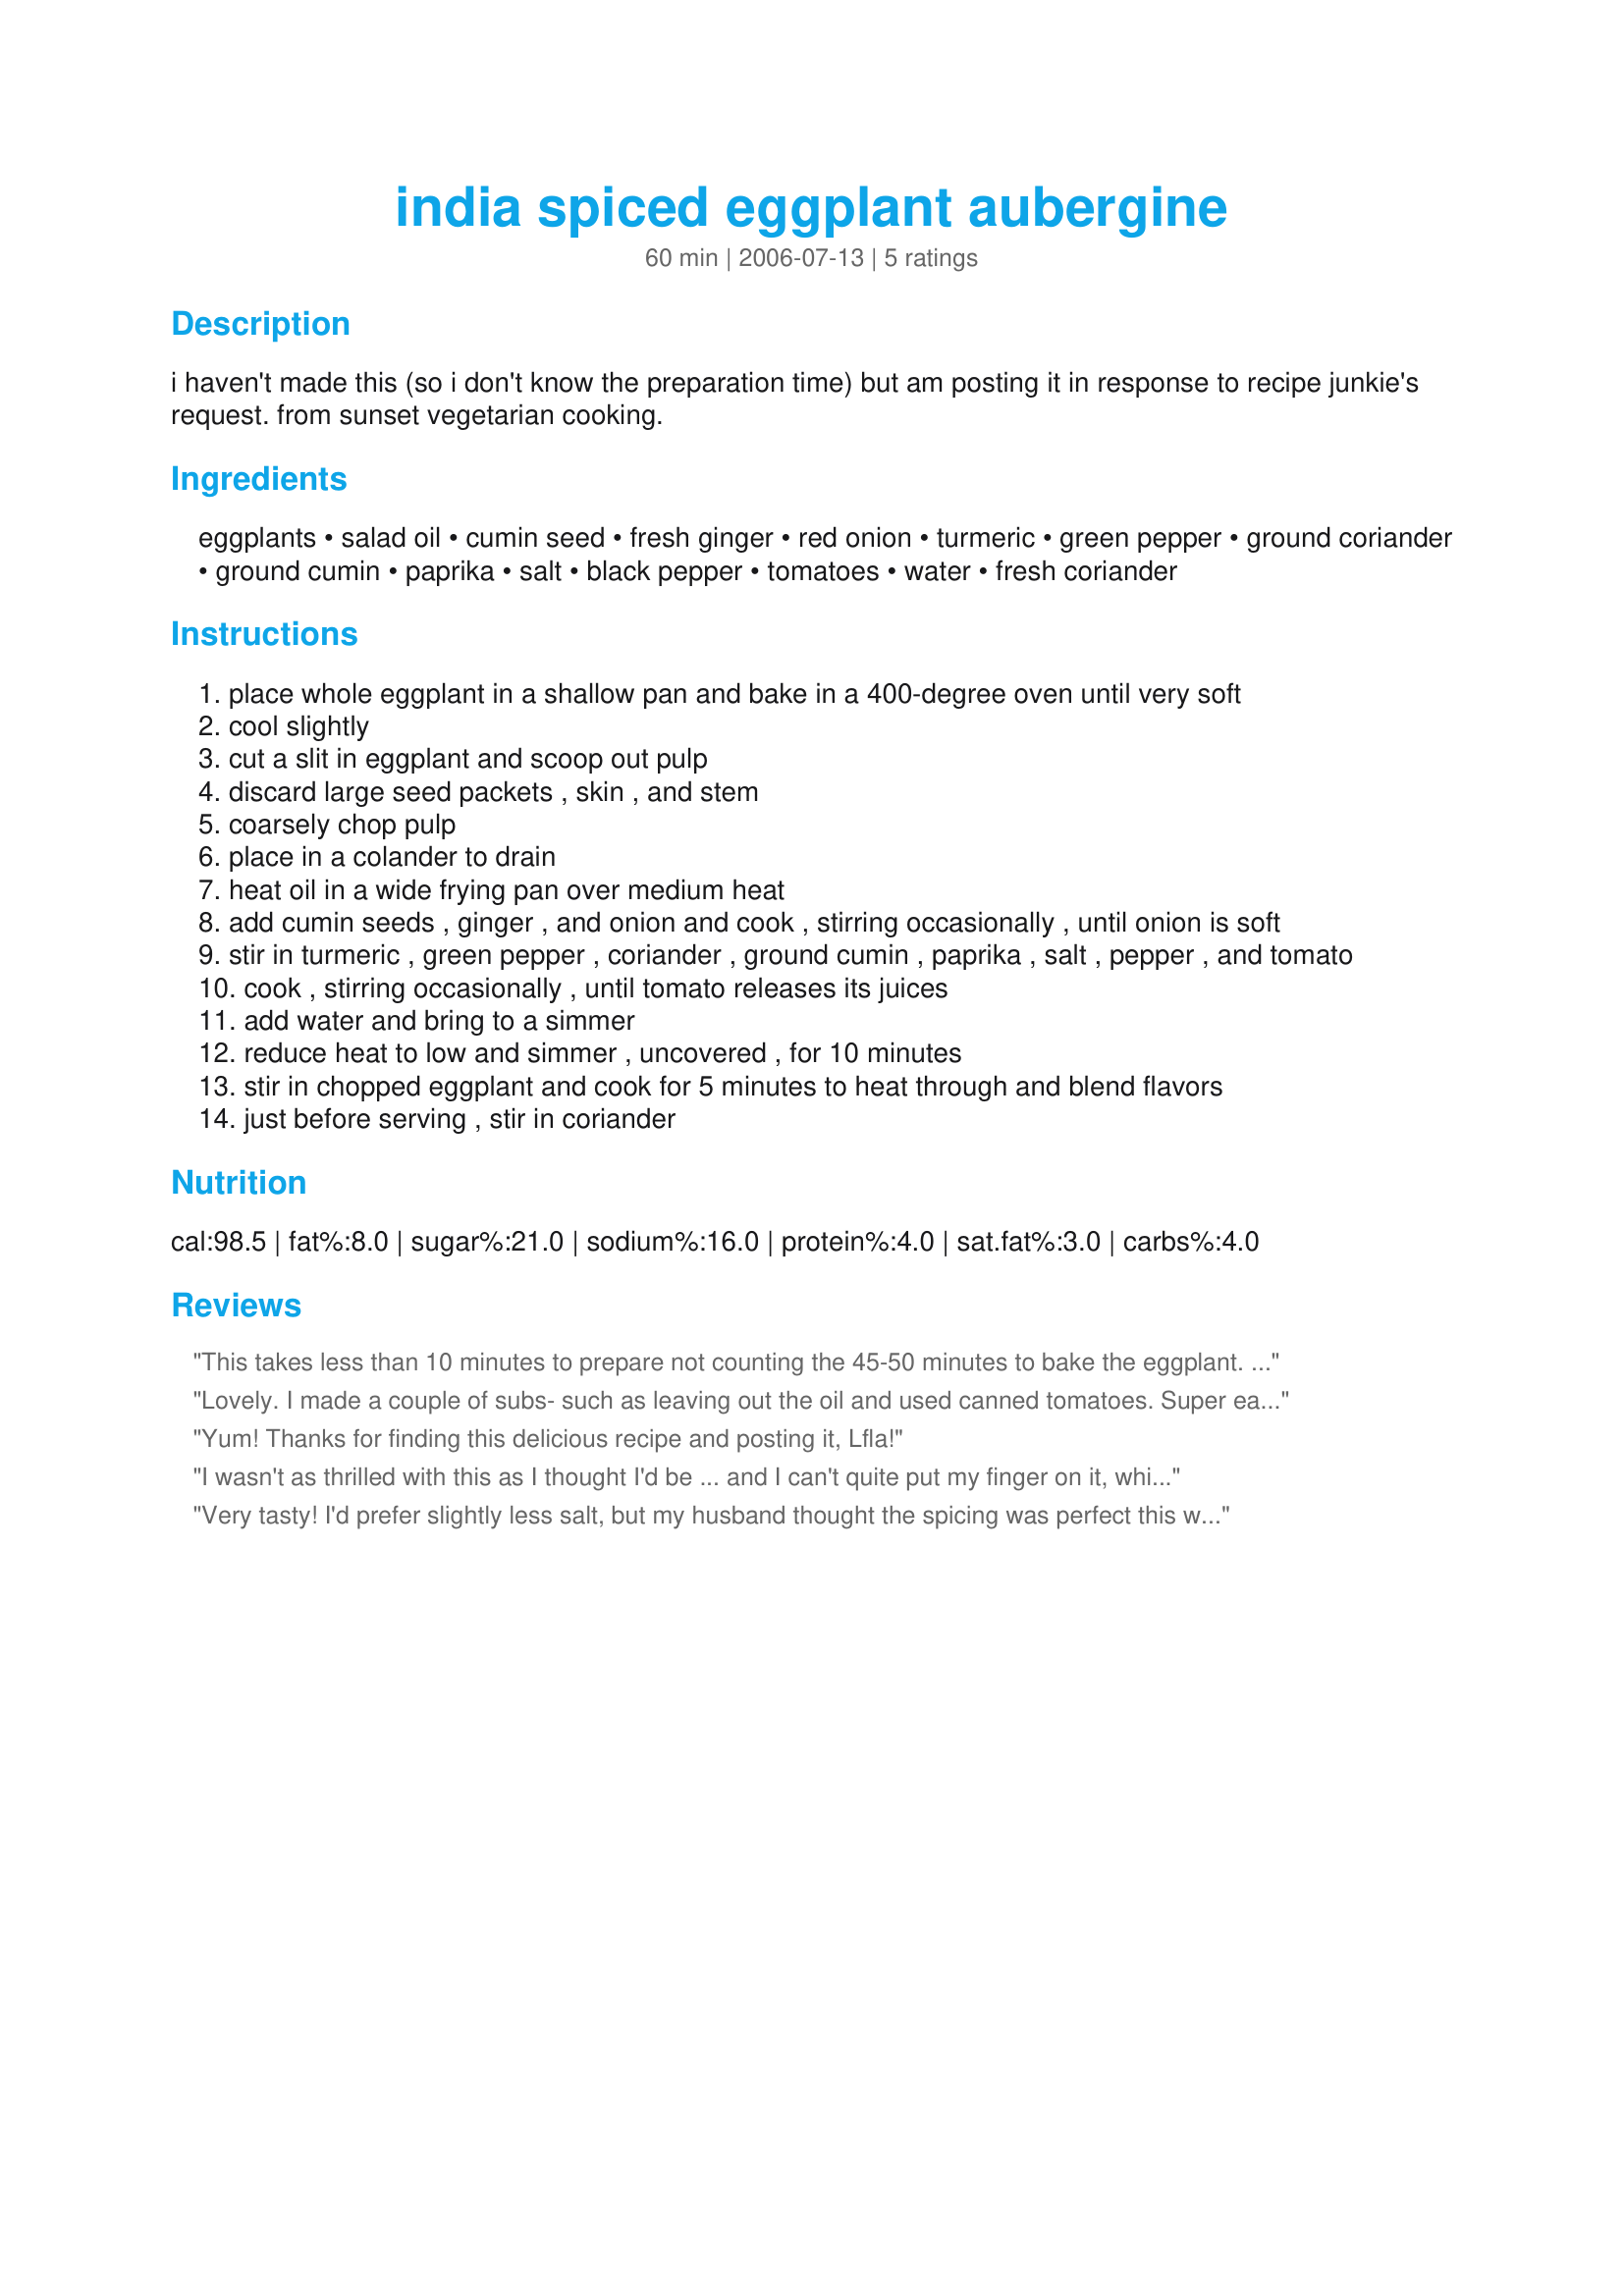
india spiced eggplant aubergine
Preparation time: 60 minutes

i haven't made this (so i don't know the preparation time) but am posting it in response to recipe junkie's request. from sunset vegetarian cooking.

Ingredients:
eggplants, salad oil, cumin seed, fresh ginger, red onion, turmeric, green pepper, ground coriander, ground cumin, paprika, salt, black pepper, tomatoes, water, fresh coriander

Steps:
place whole eggplant in a shallow pan and bake in a 400-degree oven until very soft
cool slightly
cut a slit in eggplant and scoop out pulp
discard large seed packets , skin , and stem
coarsely chop pulp
place in a colander to drain
heat oil in a wide frying pan over medium heat
add cumin seeds , ginger , and onion and cook , stirring occasionally , until onion is soft
stir in turmeric , green pepper , coriander , ground cumin , paprika , salt , pepper , and tomato
cook , stirring occasionally , until tomato releases its juices
add water and bring to a simmer
reduce heat to low and simmer , uncovered , for 10 minutes
stir in chopped eggplant and cook for 5 minutes to heat through and blend flavors
just before serving , stir in coriander

Reviews:
This takes less than 10 minutes to prepare not counting the 45-50 minutes to bake the eggplant. It is absolutely delicious, we will be making this often. It's quick, easy and delicious. Thank you for posting the recipe.
Lovely. I made a couple of subs- such as leaving out the oil and used canned tomatoes. Super easy to make and I love all the flavors in this. I ate this a lot this week for lunch with whole grain pita bread. Thanks for posting, I would make this again.
Yum! Thanks for finding this delicious recipe and posting it, Lfla!
I wasn't as thrilled with this as I thought I'd be ... and I can't quite put my finger on it, which is pretty useless. I'll definitely give it a second try, though, because it was quite flavorful, and full of vegetables that I love. And I see now that I used only a teaspoon of ginger, and not a tablespoon -- and that may well have made the difference I needed. (Have to get new reading glasses!) There's a lot to like in this recipe, though, and I would recommend it to others to try it.
Very tasty! I'd prefer slightly less salt, but my husband thought the spicing was perfect this way.

I substituted one 14.5-oz can diced fire-roasted tomatoes for the fresh tomato.

Skip the water and this is a perfect filling for a pita pocket.

For timing, I'd start the frying part about 20 min before the eggplant is done roasting.
